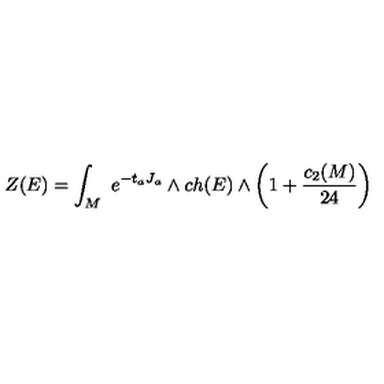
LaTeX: Z ( E ) = \int _ { M } \ e ^ { - t _ { a } J _ { a } } \wedge c h ( E ) \wedge \left( 1 + { \frac { c _ { 2 } ( M ) } { 2 4 } } \right)